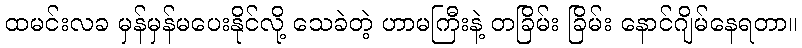
ထမင်းလခ မှန်မှန်မပေးနိုင်လို့ သေခဲတဲ့ ဟာမကြီးနဲ့ တခြိမ်း ခြိမ်း နောင်ဂျိမ်နေရတာ။